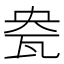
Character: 㼜